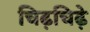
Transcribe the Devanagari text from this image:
चिढ़चिढ़े